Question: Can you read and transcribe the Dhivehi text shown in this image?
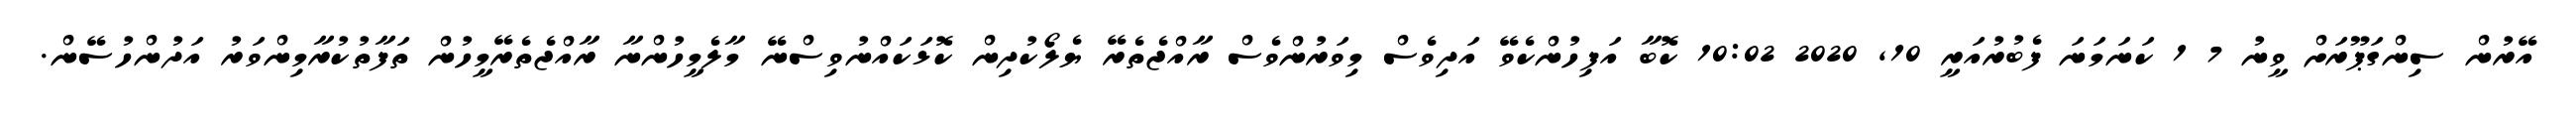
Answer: އޭރުން ސިންގަޕޫރަށް ވީނު 7 1 ކަނަމަނަ ފެބުރުއަރީ 10, 2020 10:02 ކޮބާ އަފިހުންކެވޭ އަދިވެސް މިވަރުންވެސް ރާއްޖެތެރޭ ޔެލޯކުދިން ކޮޅަކައްނުވިސްނޭ މާލެމީހުންނާ ރާއްޖެތެރޭމީހުން ތަފާތުކުރާމިންވަރު އަދުންހުސޭން.